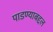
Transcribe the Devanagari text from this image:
पाडण्याबद्दल